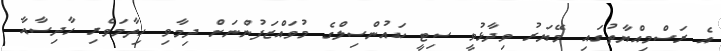
އެ ރަސްމިއްޔާތުގައި މޭޔަރު ވިދާޅުވީ ސިޓީ ކައުންސިލްގެ މުވައްޒަފުންނަށް ދިމާވި ހިތާމަވެރި ހާދިސާއާ